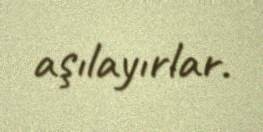
aşılayırlar.